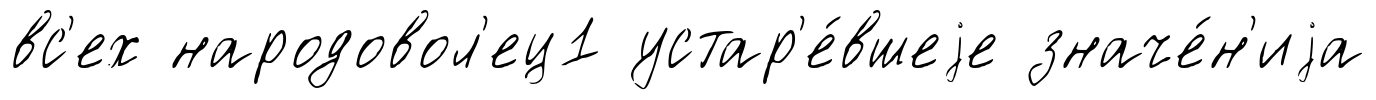
вс'ех народовол'ец1 устар'е́вшеjе значе́н'иjа